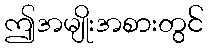
ဤအမျိုးအစားတွင်